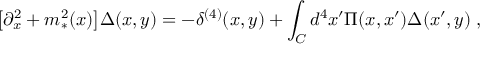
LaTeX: \big [ \partial _ { x } ^ { 2 } + m _ { * } ^ { 2 } ( x ) \big ] \Delta ( x , y ) = - \delta ^ { ( 4 ) } ( x , y ) + \int _ { C } d ^ { 4 } x ^ { \prime } \Pi ( x , x ^ { \prime } ) \Delta ( x ^ { \prime } , y ) \; ,